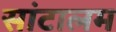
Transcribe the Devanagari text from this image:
सांटालम